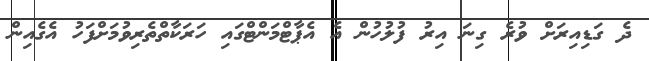
ދެ ގަޑިއިރަށް ވުރެ ގިނަ އިރު ފުލުހުން އެ އެޕާޓްމަންޓްގައި ހަރަކާތްތެރިވުމަށްފަހު އެގެއިން